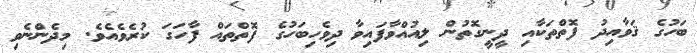
ބަހުގެ ޤަވާއިދު ފޮތްތަކާއި ދީނީގޮތުން ލިއުއްވާފައިވާ ދިވެހިބަހުގެ ފޮތްތައް ފާހަގަ ކުރެވެއެވެ. މިދެންނެވި